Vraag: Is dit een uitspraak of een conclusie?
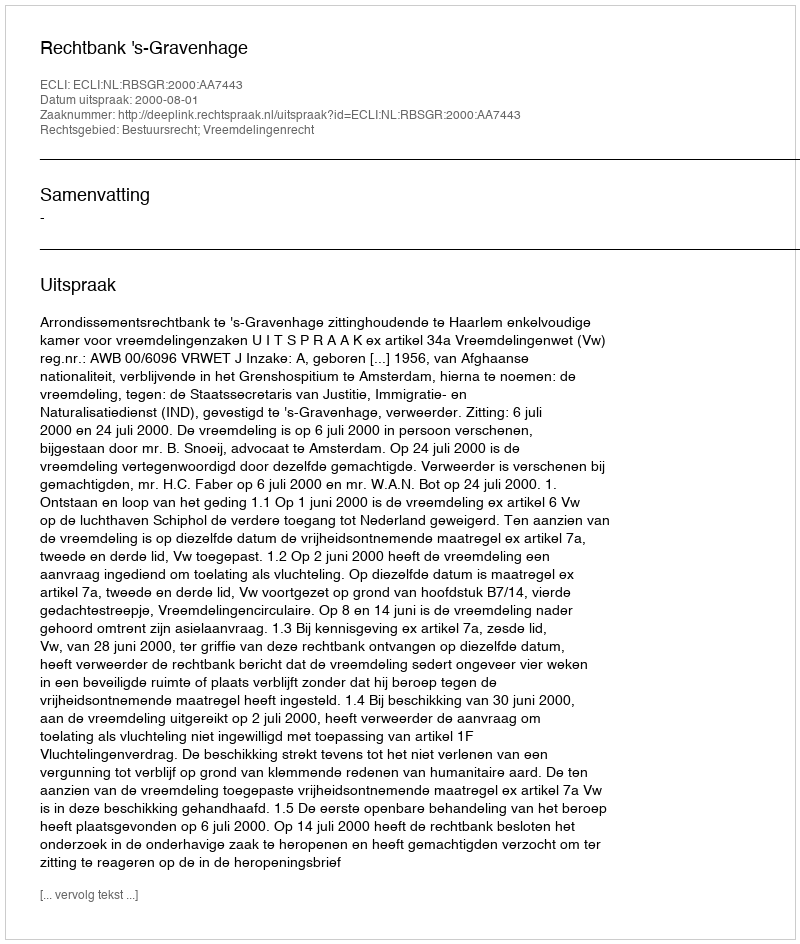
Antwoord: Uitspraak